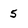
Character: 5